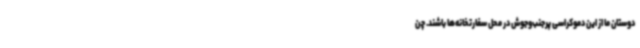
دوستان ما از این دموکراسی پرجنب‌وجوش در محل سفارتخانه‌ها باشند. چن